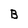
Character: B